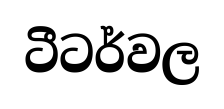
ටීටර්වල